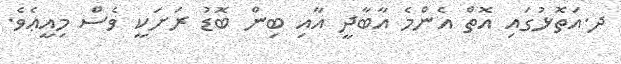
ދ.އަތޮޅުގައި އޮތް އެންމެ އާބާދީ އާއި ބިން ބޮޑު ރަށަކީ ވެސް މިއީޢެވެ.